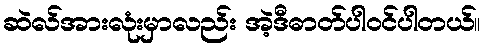
ဆဲလ်အားလုံးမှာလည်း အဲ့ဒီဓာတ်ပါဝင်ပါတယ်။